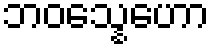
ဘဝသ္နေဟော